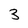
Character: 3